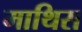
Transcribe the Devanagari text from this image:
माथिस